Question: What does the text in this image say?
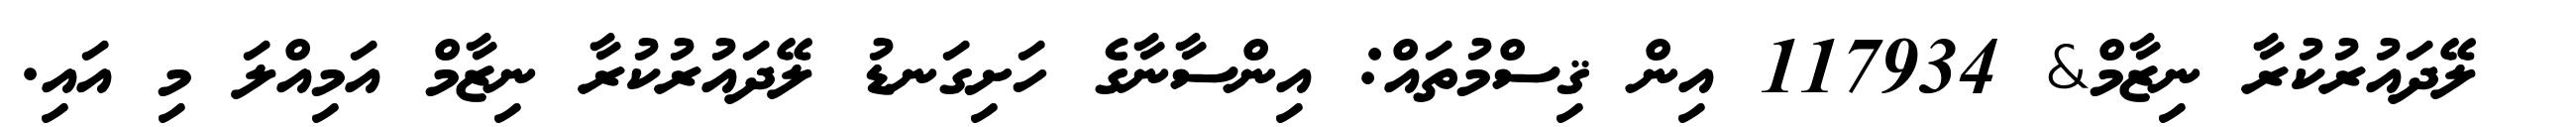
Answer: ? ލޭދައުރުކުރާ ނިޒާމް& 117934 އިން ޤިސްމުތައް: އިންސާނާގެ ހަށިގަނޑު ލޭދައުރުކުރާ ނިޒާމް އަމިއްލަ މި އައި.